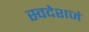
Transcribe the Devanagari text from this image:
स्वदेशजं